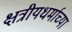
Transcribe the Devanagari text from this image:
क्षत्रीयधर्माच्या